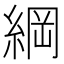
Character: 綱